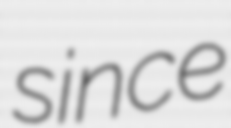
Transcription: since